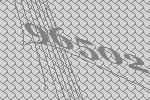
96502